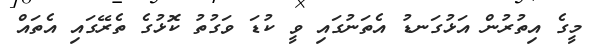
މީގެ އިތުރުން އަޅުގަނޑު އެތަނުގައި ވީ ކުޑަ ވަގުތު ކޮޅުގެ ތެރޭގައި އެތައް